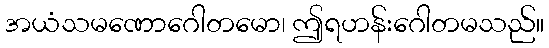
အယံသမဏောဂေါတမော၊ ဤရဟန်းဂေါတမသည်။